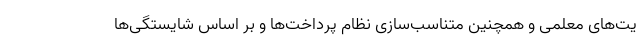
یت‌های معلمی و همچنین متناسب‌سازی نظام پرداخت‌ها و بر اساس شایستگی‌ها